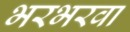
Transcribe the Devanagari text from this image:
भरभरवा